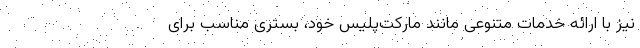
نیز با ارائه خدمات متنوعی مانند مارکت‌پلیس خود، بستری مناسب برای